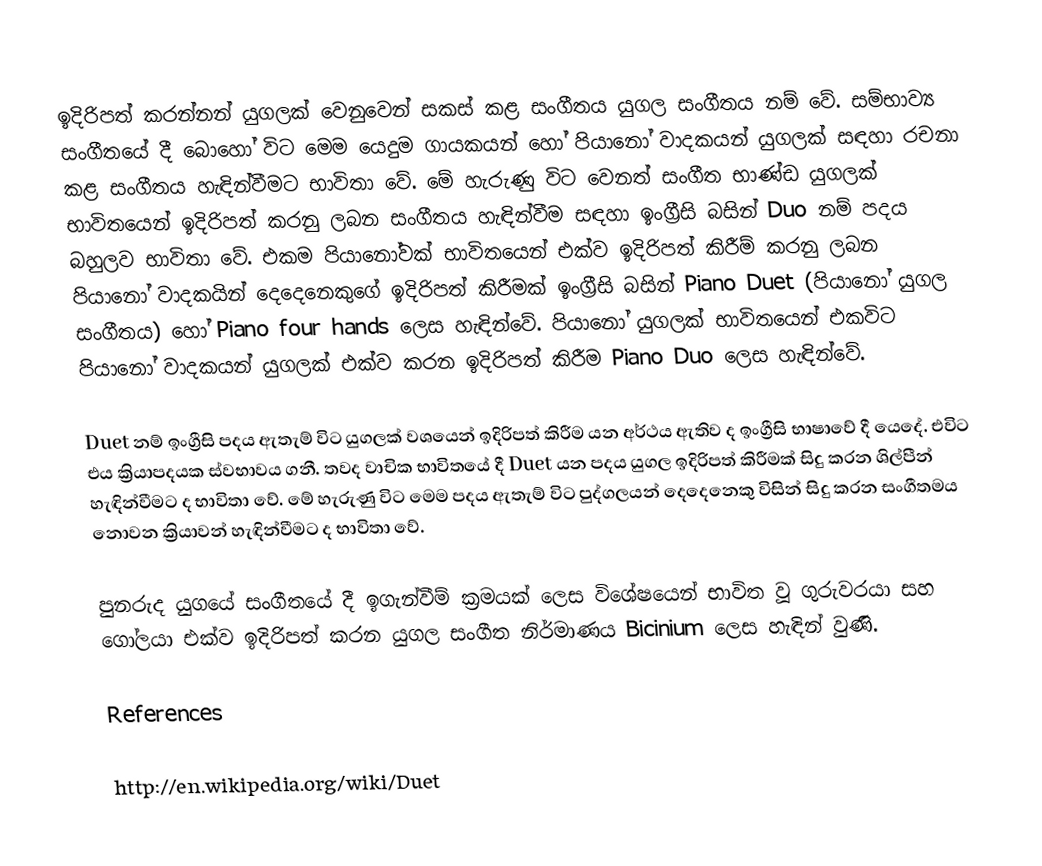
ඉදිරිපත් කරන්නන් යුගලක් වෙනුවෙන් සකස් කළ සංගීතය යුගල සංගීතය නම් වේ. සම්භාව්‍ය සංගීතයේ දී බොහෝ විට මෙම යෙදුම ගායකයන් හෝ පියානෝ වාදකයන් යුගලක් සඳහා රචනා කළ සංගීතය හැඳින්වීමට භාවිතා වේ. මේ හැරුණු විට වෙනත් සංගීත භාණ්ඩ යුගලක් භාවිතයෙන් ඉදිරිපත් කරනු ලබන සංගීතය හැඳින්වීම සඳහා ඉංග්‍රීසි බසින් Duo නම් පදය බහුලව භාවිතා වේ. එකම පියානෝවක් භාවිතයෙන් එක්ව ඉදිරිපත් කිරීම් කරනු ලබන පියානෝ වාදකයින් දෙදෙනෙකුගේ ඉදිරිපත් කිරීමක් ඉංග්‍රීසි බසින් Piano Duet (පියානෝ යුගල සංගීතය) හෝ Piano four hands ලෙස හැඳින්වේ. පියානෝ යුගලක් භාවිතයෙන් එකවිට පියානෝ වාදකයන් යුගලක් එක්ව කරන ඉදිරිපත් කිරීම Piano Duo ලෙස හැඳින්වේ.

Duet නම් ඉංග්‍රීසි පදය ඇතැම් විට යුගලක් වශයෙන් ඉදිරිපත් කිරීම යන අර්ථය ඇතිව ද ඉංග්‍රීසි භාෂාවේ දී යෙදේ. එවිට එය ක්‍රියාපදයක ස්වභාවය ගනී. තවද වාචික භාවිතයේ දී Duet යන පදය යුගල ඉදිරිපත් කිරීමක් සිදු කරන ශිල්පීන් හැඳින්වීමට ද භාවිතා වේ. මේ හැරුණු විට මෙම පදය ඇතැම් විට පුද්ගලයන් දෙදෙනෙකු විසින් සිදු කරන සංගීතමය නොවන ක්‍රියාවන් හැඳින්වීමට ද භාවිතා වේ.

පුනරුද යුගයේ සංගීතයේ දී ඉගැන්වීම් ක්‍රමයක් ලෙස විශේෂයෙන් භාවිත වූ ගුරුවරයා සහ ගෝලයා එක්ව ඉදිරිපත් කරන යුගල සංගීත නිර්මාණය Bicinium ලෙස හැඳින් වුණි.

References

http://en.wikipedia.org/wiki/Duet